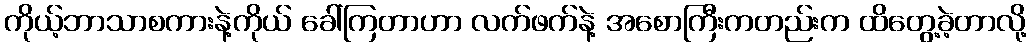
ကိုယ့်ဘာသာစကားနဲ့ကိုယ် ခေါ်ကြတာဟာ လက်ဖက်နဲ့ အစောကြီးကတည်းက ထိတွေ့ခဲ့တာလို့